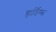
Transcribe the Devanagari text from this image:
हार्डिग्स